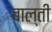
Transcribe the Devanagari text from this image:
बाल्ती